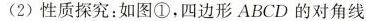
(2)性质探究：如图①，四边形ABCD的对角线